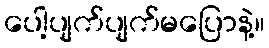
ပေါ့ပျက်ပျက်မပြောနဲ့။